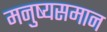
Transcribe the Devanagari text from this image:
मनुष्यसमान